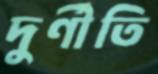
দুর্ণীতি